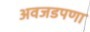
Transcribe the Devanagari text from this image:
अवजडपणा